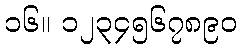
၁၆။ ၁၂၃၄၅၆၇၈၉၀